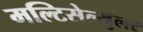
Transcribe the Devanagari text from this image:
मल्टिसेल्युलर